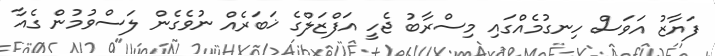
ފަޔާޒު އަވަސް ހިނގުމެއްގައި މިސްރާބު ޖެހީ އަފްޒަލްގެ ޚަބަރެއް ނުވެގެން ލަސްވުމުން ގެއާ